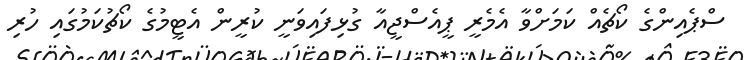
ސްޕެއިންގެ ކޯޗެއް ކަމަށްވާ އެމެރީ ޕީއެސްޖީއާ ގުޅިފައިވަނީ ކުރީން އެޓީމުގެ ކޯޗުކަމުގައި ހުރި